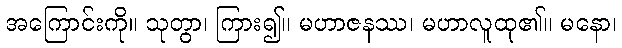
အကြောင်းကို။ သုတွာ၊ ကြား၍။ မဟာဇနဿ၊ မဟာလူထု၏။ မနော၊